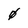
Character: 0